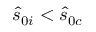
\hat { s } _ { 0 i } < \hat { s } _ { 0 c }